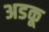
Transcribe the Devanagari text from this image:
अडकू